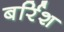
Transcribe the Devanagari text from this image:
बर्रिश